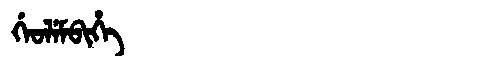
Manchu: ᡤᡝᠣᠯᡝᠮᠪᡳᡥᡝ
Romanization: GEOLEMBIHE